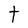
Character: t